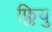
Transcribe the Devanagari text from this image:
फ्लियु